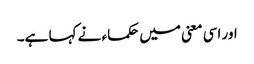
اور اسی معنی میں حکماء نے کہا ہے۔